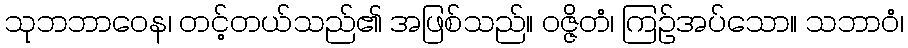
သုဘဘာဝေန၊ တင့်တယ်သည်၏ အဖြစ်သည်။ ဝဇ္ဇိတံ၊ ကြဉ်အပ်သော။ သဘာဝံ၊